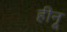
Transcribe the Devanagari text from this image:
हीनू